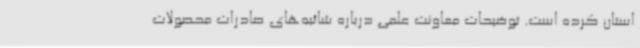
استان کرده است. توضیحات معاونت علمی درباره شائبه‌های صادرات محصولات